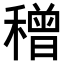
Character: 𥢥